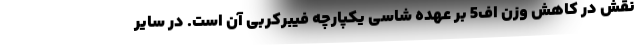
نقش در کاهش وزن اف5 بر عهده شاسی یکپارچه فیبرکربی آن است. در سایر